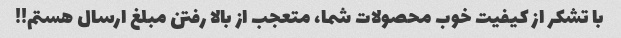
با تشکر از کیفیت خوب محصولات شما، متعجب از بالا رفتن مبلغ ارسال هستم!!